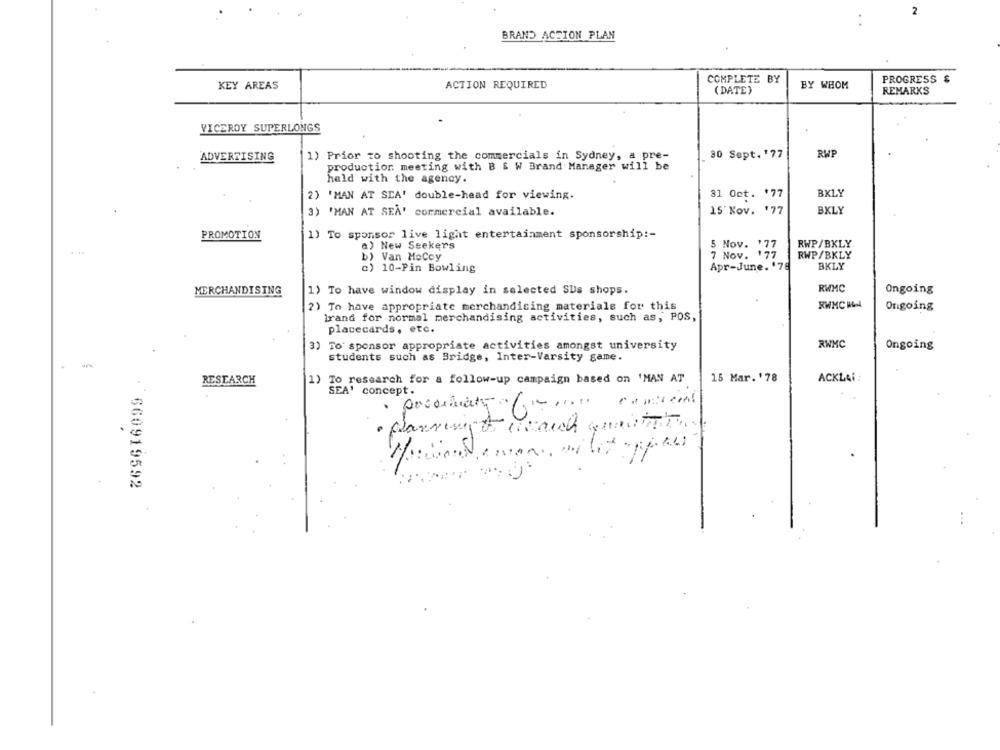
BRAND ACSION PLAN
COMPLETE BY
PROGRESS &
KEY AREAS
ACTION REQUIRED
( DATE)
BY WHOM
REMARKS
VICEROY SUPERLONGS
ADVERTISING
1) Prior to shooting the commercials in Sydney, a pre-
30 Sept. 177
RWP
production meeting with B & W Brand Manager will be
held with the agency.
31 Oct. '77
BKLY
2) 'MAN AT SEA' double-head for viewing.
15' Nov. '77
BXLY
3) 'MAN AT SEA' cormercial available.
PROMOTION
1) To sponsor live light entertainment sponsorship :-
a) New Seekers
5 Nov. 177
RWP/BKLY
b) Van HoCoy
7 Nov. 177
RWP/BKLY
c) 10-Pin Bowling
Apr-June. '75
BKLY
MERCHANDISING
1) To have window display in selected SUs shops.
RWMC
Ongoing
2) To have appropriate merchandising materials for this
RWMC KN4
Ongoing
Irand for normal merchandising activities, such as, POS,
placecards, etc.
3) To sponsor appropriate activities amongst university
RWMC
Ongoing
students such as Bridge, Inter-Varsity game.
RESEARCH
1)
To research for a follow-up campaign based on 'MAN AT
15 Mar. '78
ACKL&i :
SEA' concept.
.
· planning & wirauch quantit.
. 660919592